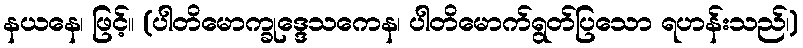
နယနေ၊ ဖြင့်။ (ပါတိမောက္ခုဒ္ဒေသကေန၊ ပါတိမောက်ရွတ်ပြသော ရဟန်းသည်၊)